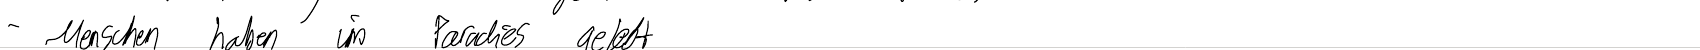
- Menschen haben im Paradies gelebt